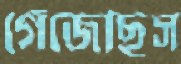
গেঁজেছিস